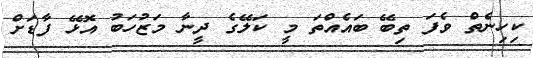
ކިހިނެތް ވެފަ ތިބޭ ބައެެއްތަ މީ ކަލޭގެ ދީނާ މަޒުހަބު އޮޅޭ ފާޑަށް